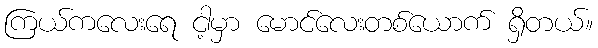
ကြယ်ကလေးရေ ငါ့မှာ မောင်လေးတစ်ယောက် ရှိတယ်။